Rangoon Lunatic Asylum 1878-1892 - 1878-1892
Year: 1878
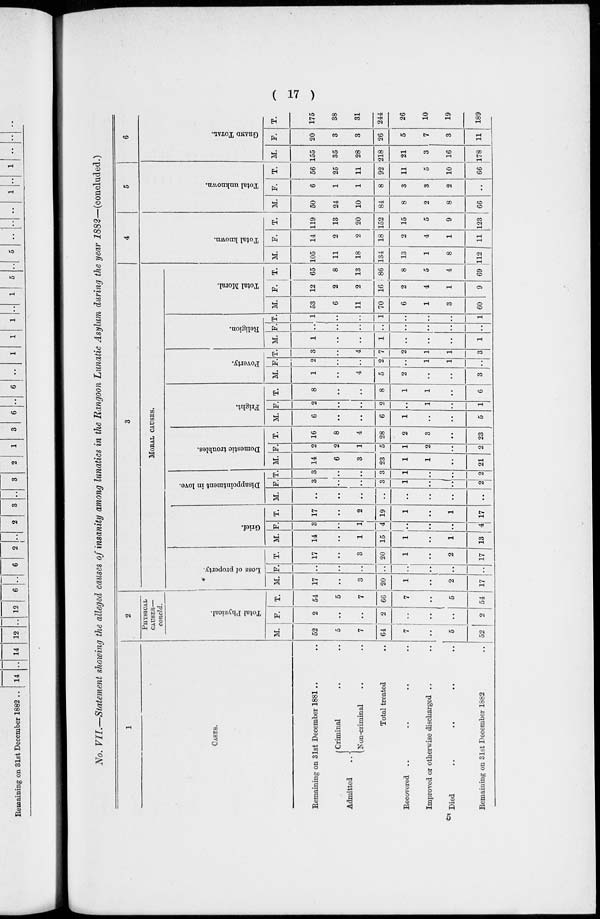
( 17 )
No. VII.—Statement showing the alleged causes of insanity among lunatics in the Rangoon Lunatic Asylum during the year 1882—(concluded.)
1
CASES.
Remaining on 31st December 1881 .. ..
Admitted
Criminal .. ..
Non-criminal .. ..
Total treated ..
Recovered ..
..
..
Improved or otherwise discharged ..
Died .. .. .. ..
Remaining on 31st December 1882 ..
2
PHYSICAL
CAUSES—
concld.
Total Physical.
M.
52
5
7
64
7
..
5
52
F.
2
..
..
2
..
..
..
2
T.
54
5
7
66
7
..
5
54
3
MORAL CAUSES.
Loss of property.
M.
17
..
3
20
1
..
2
17
F.
..
..
..
..
..
..
..
..
T.
17
..
3
20
1
..
2
17
Grief.
M.
14
..
1
15
1
..
1
13
F.
3
..
1
4
..
..
..
4
T.
17
..
2
19
1
..
1
17
Disappointment in love.
M.
..
..
..
..
..
..
..
..
F.
3
..
..
3
1
..
..
2
T.
3
..
..
3
1
..
..
2
Domestic troubles.
M.
14
6
3
23
1
1
..
21
F.
2
2
1
5
1
2
..
2
T.
16
8
4
28
2
3
..
23
Fright.
M.
6
..
..
6
1
..
..
5
F.
2
..
..
2
..
1
..
1
T.
8
..
..
8
1
1
..
6
Poverty.
M.
1
..
4
5
2
..
..
3
F.
2
..
..
2
..
1
1
..
T.
3
..
4
7
2
1
1
3
Religion.
M.
1
..
..
1
..
..
..
1
F.
..
..
..
..
..
..
..
..
T.
1
..
..
1
..
..
..
1
Total Moral.
M.
53
6
11
70
6
1
3
60
F.
12
2
2
16
2
4
1
9
T.
65
8
13
86
8
5
4
69
4
Total known.
M.
105
11
18
134
13
1
8
112
F.
14
2
2
18
2
4
1
11
T.
119
13
20
152
15
5
9
123
5
Total unknown.
M.
50
24
10
84
8
2
8
66
F.
6
1
1
8
3
3
2
..
T.
56
25
11
92
11
5
10
66
6
GRAND TOTAL.
M.
155
35
28
218
21
3
16
178
F.
20
3
3
26
5
7
3
11
T.
175
38
31
244
26
10
19
189
5